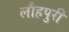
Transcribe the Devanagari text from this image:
लौहपुरी